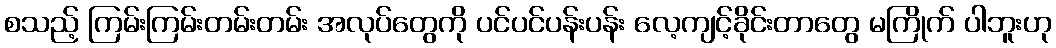
စသည့် ကြမ်းကြမ်းတမ်းတမ်း အလုပ်တွေကို ပင်ပင်ပန်းပန်း လေ့ကျင့်ခိုင်းတာတွေ မကြိုက် ပါဘူးဟု